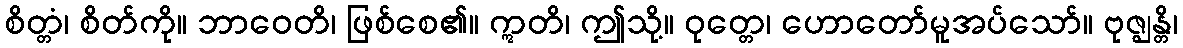
စိတ္တံ၊ စိတ်ကို။ ဘာဝေတိ၊ ဖြစ်စေ၏။ ဣတိ၊ ဤသို့။ ဝုတ္တေ၊ ဟောတော်မူအပ်သော်။ ဗုဇ္ဈန္တိ၊